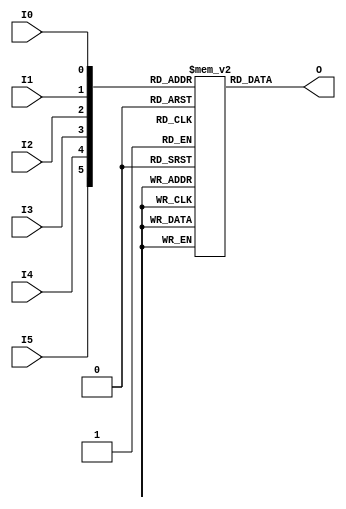
/*
 * Implementation of Spartan-6 LUT6 for simulation
 */
module LUT6( 
    output O, 
    input I0, 
    input I1, 
    input I2, 
    input I3, 
    input I4, 
    input I5 );

  parameter INIT = 64'h0;

  reg lut [63:0];

  integer i;

  initial 
    for(i = 0; i < 64; i++ )
       lut[i] = INIT[i];

  assign O = lut[{I5,I4,I3,I2,I1,I0}];

endmodule